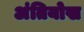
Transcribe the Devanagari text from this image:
अंतियोख